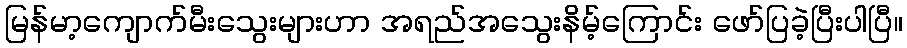
မြန်မာ့ကျောက်မီးသွေးများဟာ အရည်အသွေးနိမ့်ကြောင်း ဖော်ပြခဲ့ပြီးပါပြီ။